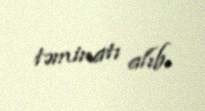
təminatı alıb.